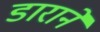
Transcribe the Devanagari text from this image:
डाराने